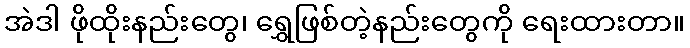
အဲဒါ ဖိုထိုးနည်းတွေ၊ ရွှေဖြစ်တဲ့နည်းတွေကို ရေးထားတာ။